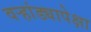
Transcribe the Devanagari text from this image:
वर्‍हांड्यापेक्षा